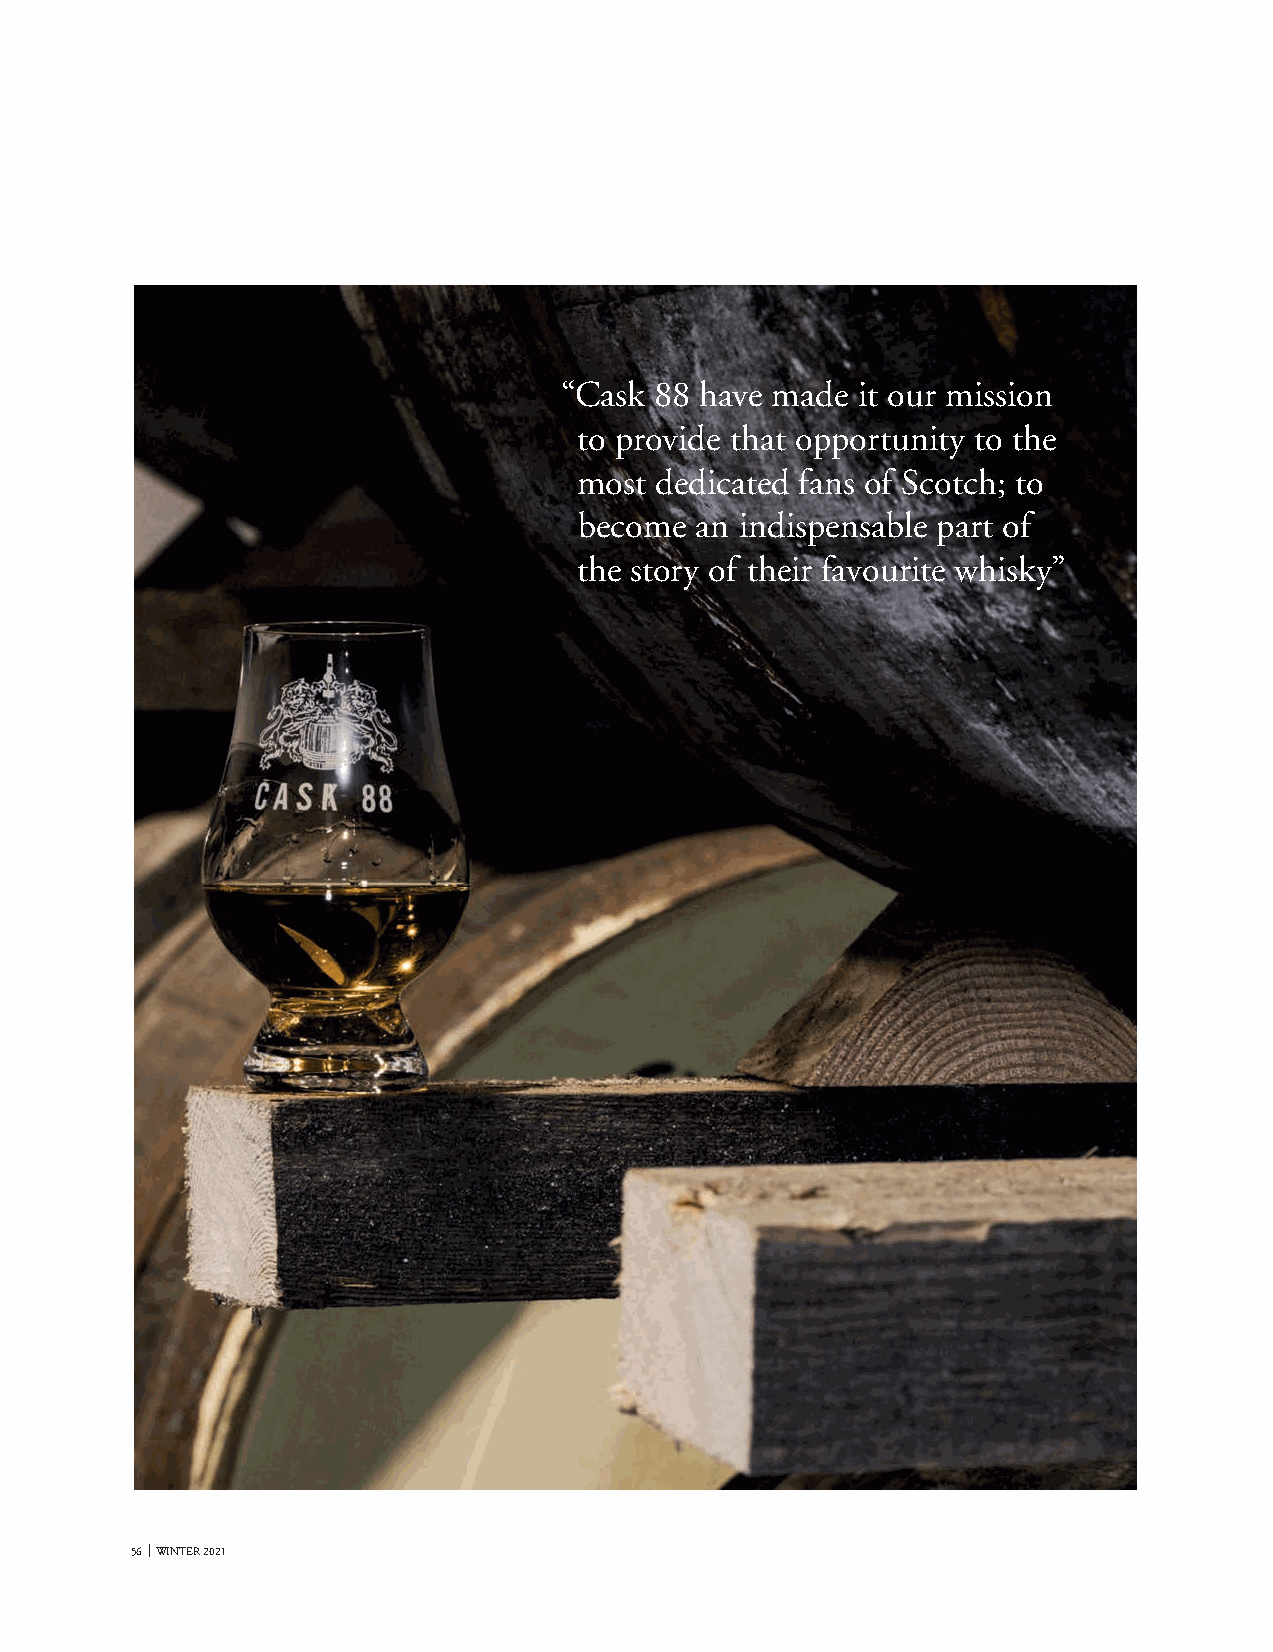
“Cask 88 have made  it our mission
 to provide that opportunity to the
 most dedicated fans of Scotch; to
 become  an indispensable part of
 the story of their favourite whisky”
 56 WINTER 2021